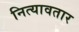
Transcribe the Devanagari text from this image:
नित्यावतार